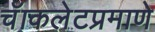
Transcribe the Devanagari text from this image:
चॅाकलेटप्रमाणे